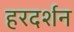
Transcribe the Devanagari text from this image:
हरदर्शन